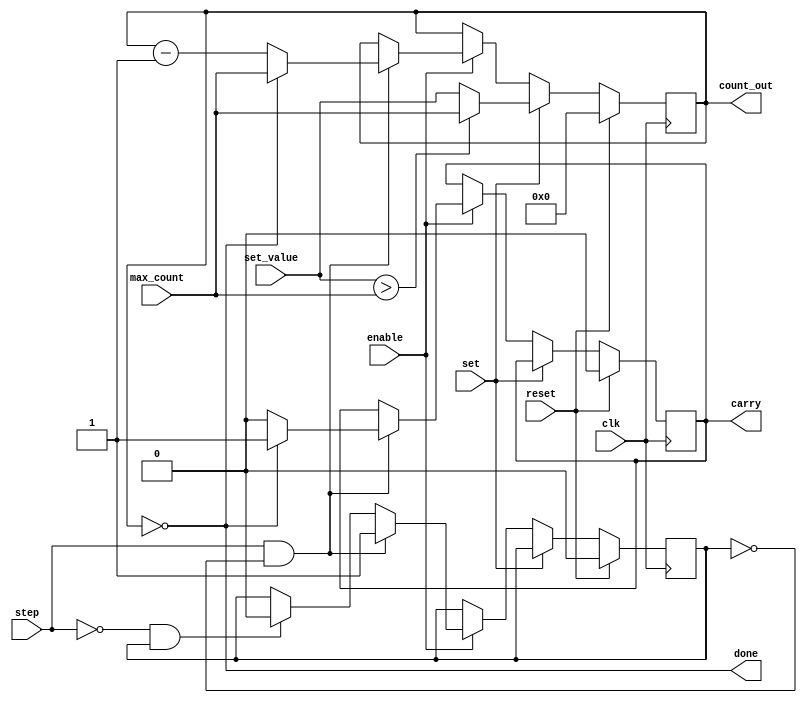
module digit_timer(
  input                             clk,
  input                             reset,
  input                             enable,
  input                             step,
  input                             set,
  input  [ 3 : 0 ]                  set_value,
  input  [ 3 : 0 ]                  max_count,
  output reg                        carry,
  output                            done,
  output [ 3 : 0 ]                  count_out
);

  reg [ 3: 0 ] count = 'b0;
  reg triggered = 'b0;

  always@(posedge clk)
  begin
    if (reset)
	 begin
      count = 'b0;
		triggered = 'b0;
		carry = 1'b0;
	 end
    else if (set)
    begin
      if (set_value > max_count)
        count = max_count;
      else
        count = set_value;
    end
    else if (enable)
    begin
      if (step & ~triggered)
      begin
        triggered = 'b1;
        if (done)
        begin
          count = max_count;
          carry = 1'b1;
        end
        else
        begin
          count <= count - 1'b1;
          carry = 1'b0;
        end
      end
      else if (~step & triggered)
        triggered = 'b0;
    end
  end

  assign count_out = count;
  assign done = count == 'b0;

endmodule